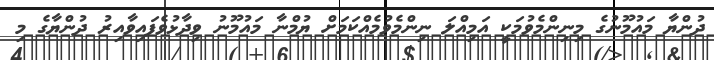
ދުންޔާ މައުމޫނުގެ މިނިންމެވުމަކީ އަމިއްލަ ނިންމެވުމެއްކަމަށް ޔުމްނާ މައުމޫނު ވިދާޅުވެފައިވާއިރު ދުންޔާގެ މި